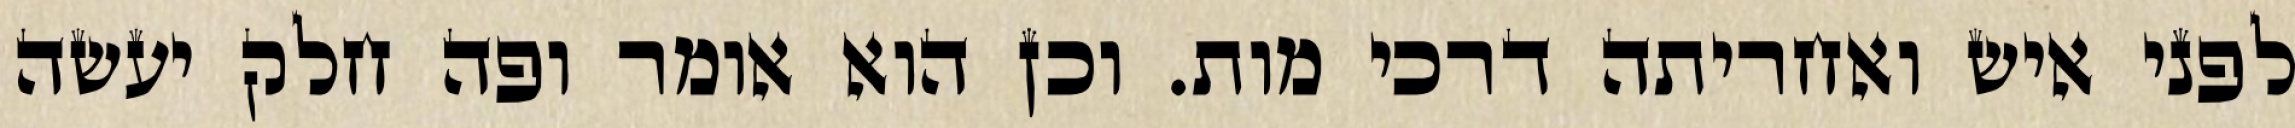
לפני איש ואחריתה דרכי מות. וכן הוא אומר ופה חלק יעשה